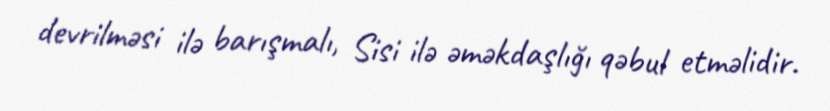
devrilməsi ilə barışmalı, Sisi ilə əməkdaşlığı qəbul etməlidir.